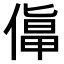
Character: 𠍬